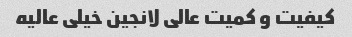
کیفیت و کمیت عالی لانجین خیلی عالیه